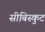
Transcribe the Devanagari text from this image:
सीबिस्कुट